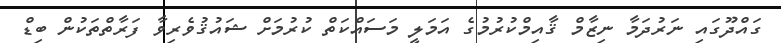
ގައްދޫގައި ނަރުދަމާ ނިޒާމް ޤާއިމްކުރުމުގެ އަމަލީ މަސައްކަތް ކުރުމަށް ޝައުޤުވެރިވާ ފަރާތްތަކުން ބިޑް